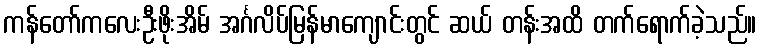
ကန်တော်ကလေးဦးဖိုးအိမ် အင်္ဂလိပ်မြန်မာကျောင်းတွင် ဆယ် တန်းအထိ တက်ရောက်ခဲ့သည်။